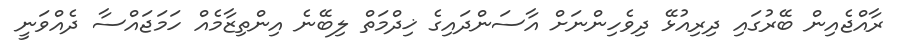
ރާއްޖެއިން ބޭރުގައި ދިރިއުޅޭ ދިވެހިންނަށް އާސަންދައިގެ ޚިދްމަތް ލިބޭނެ އިންތިޒާމެއް ހަމަޖައްސާ ދެއްވަނީ